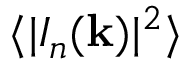
\langle | I _ { n } ( \mathbf { k } ) | ^ { 2 } \rangle